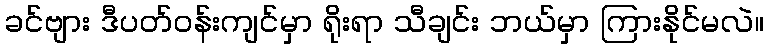
ခင်ဗျား ဒီပတ်ဝန်းကျင်မှာ ရိုးရာ သီချင်း ဘယ်မှာ ကြားနိုင်မလဲ။